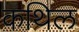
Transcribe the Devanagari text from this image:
कथिल